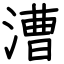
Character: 漕